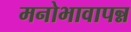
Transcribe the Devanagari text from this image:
मनोभावापन्न